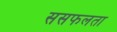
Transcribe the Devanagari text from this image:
ससफलता